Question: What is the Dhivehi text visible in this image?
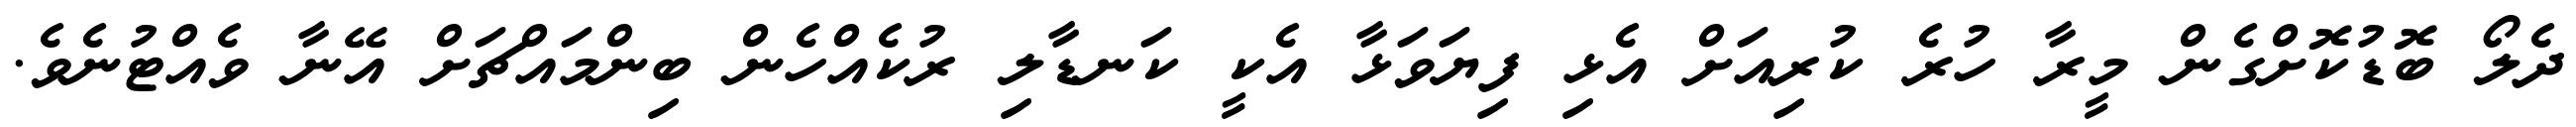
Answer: ދެލޯ ބޮޑުކޮށްގެން މީރާ ހުރެ ކުރިއަށް އެޅި ފިޔަވަޅާ އެކީ ކަނޑާލި ރުކެއްހެން ބިންމައްޗަށް އޭނާ ވެއްޓުނެވެ.